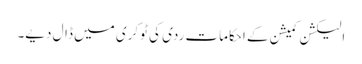
الیکشن کمیشن کے احکامات ردی کی ٹوکری میں ڈال دیے۔